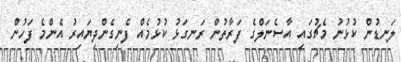
ލަނޑުން ކުޅުނު މެޗުގައި އާސެނަލްގެ ފަރާތުން ރަނގަޅު ކުޅުމެއް ފެނިގެންދިޔައިރު އެންމެ ފަހުން